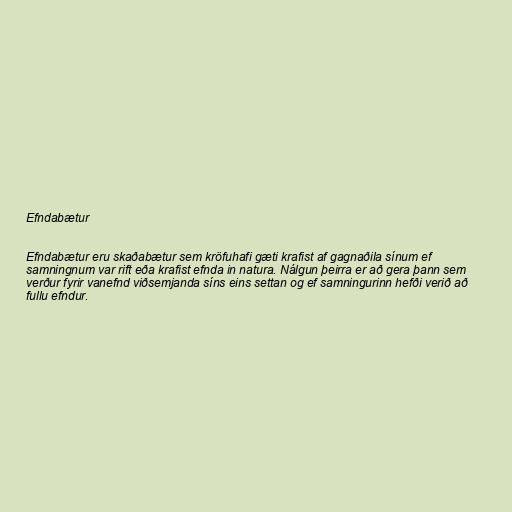
Efndabætur

Efndabætur eru skaðabætur sem kröfuhafi gæti krafist af gagnaðila sínum ef
samningnum var rift eða krafist efnda in natura. Nálgun þeirra er að gera þann sem
verður fyrir vanefnd viðsemjanda síns eins settan og ef samningurinn hefði verið að
fullu efndur.